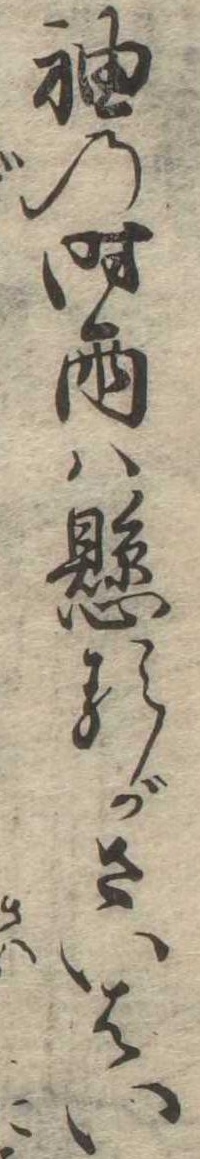
袖の時雨は懸るがさいはい